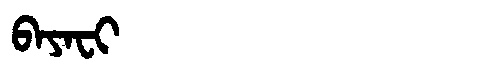
Manchu: ᠪᠠᠶᠠᠸᡳ
Romanization: BAYAFI